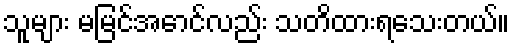
သူများ မမြင်အောင်လည်း သတိထားရသေးတယ်။